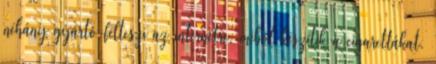
néhány gyártó felteszi az internetre, miből készítik a cigarettákat,